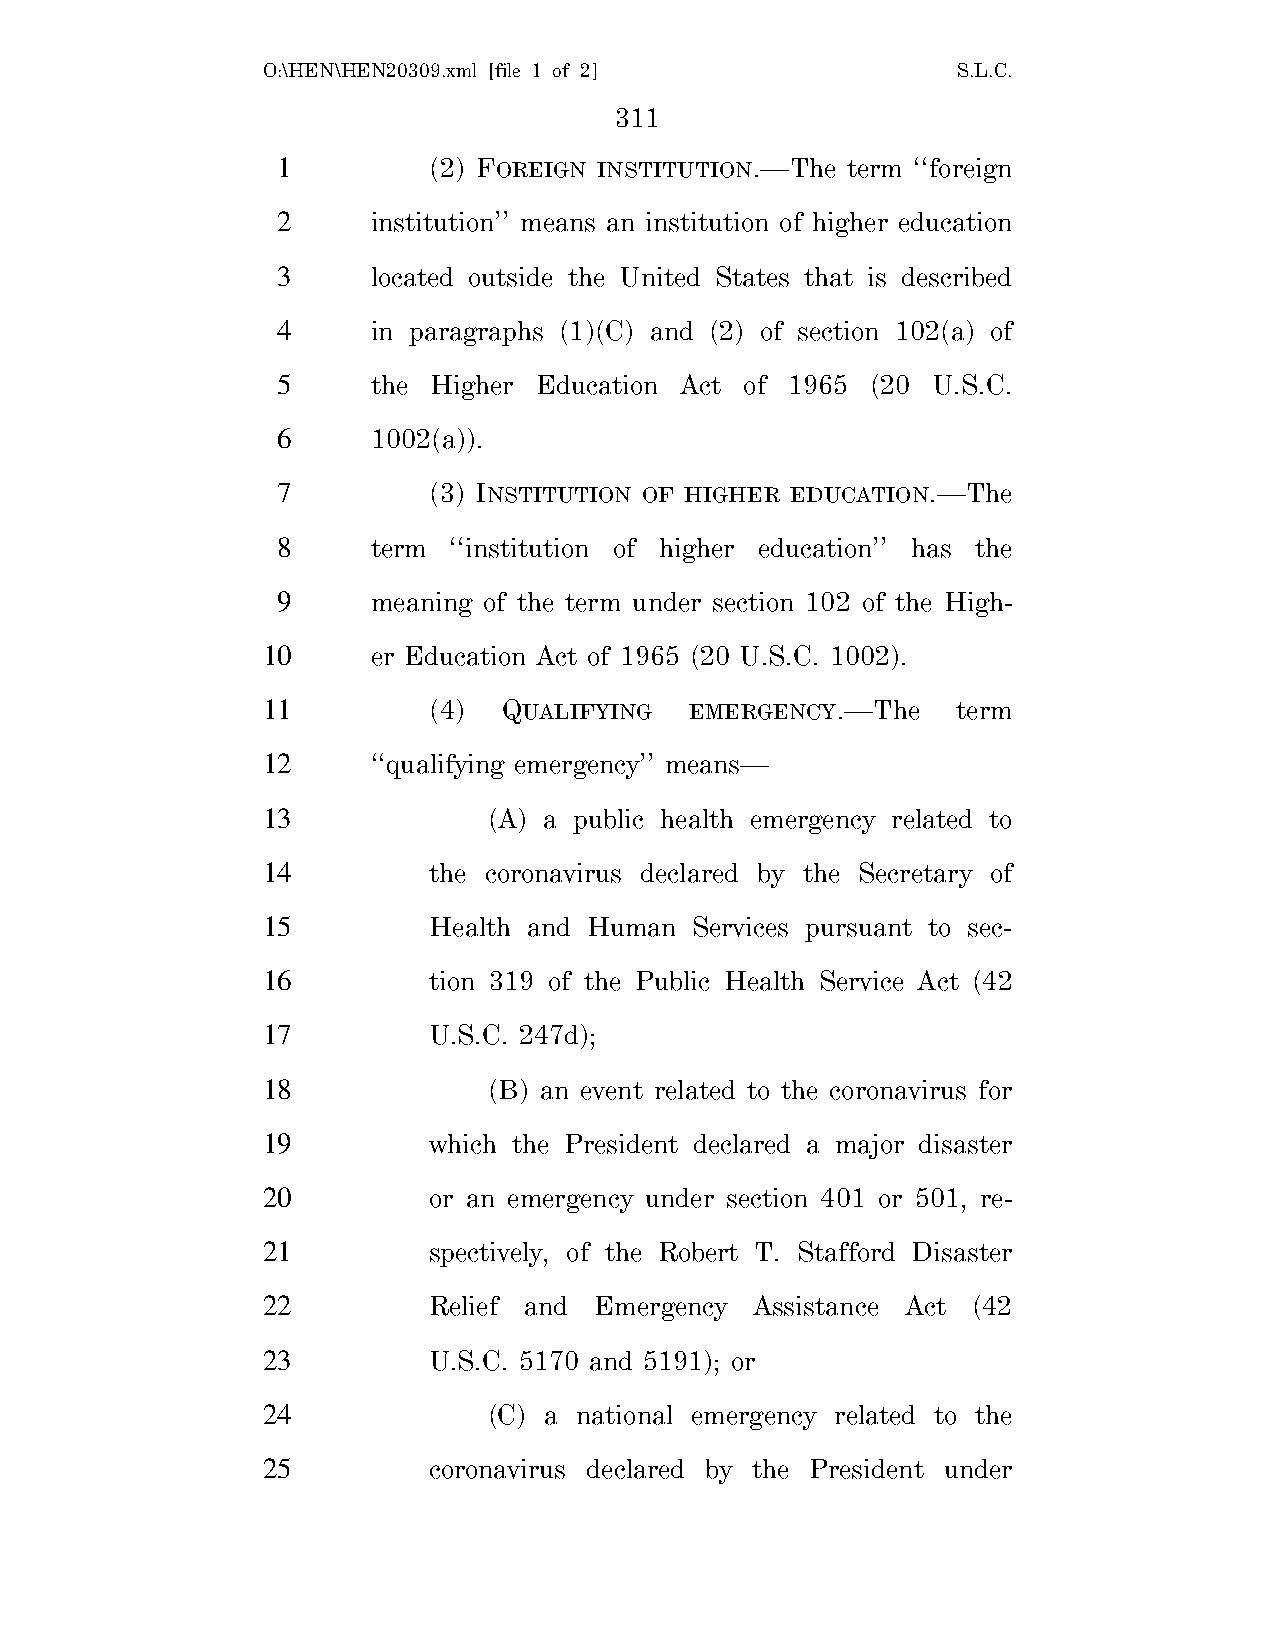
O:\HEN\HEN20309.xml [file 1 of 2]             S.L.C.
 311
 1         (2) FOREIGN INSTITUTION.—The term ‘‘foreign
 2      institution’’ means an institution of higher education
 3      located outside the United States that is described
 4      in paragraphs (1)(C) and (2) of section 102(a) of
 5      the Higher Education Act of 1965 (20 U.S.C.
 6      1002(a)).
 7         (3) INSTITUTION OF HIGHER EDUCATION.—The
 8      term ‘‘institution of higher education’’ has the
 9      meaning of the term under section 102 of the High-
 10      er Education Act of 1965 (20 U.S.C. 1002).
 11         (4)  QUALIFYING   EMERGENCY.—The   term
 12      ‘‘qualifying emergency’’ means—
 13             (A) a public health emergency related to
 14         the coronavirus declared by the Secretary of
 15         Health and Human  Services pursuant to sec-
 16         tion 319 of the Public Health Service Act (42
 17         U.S.C. 247d);
 18             (B) an event related to the coronavirus for
 19         which the President declared a major disaster
 20         or an emergency under section 401 or 501, re-
 21         spectively, of the Robert T. Stafford Disaster
 22         Relief and Emergency  Assistance Act (42
 23         U.S.C. 5170 and 5191); or
 24             (C) a national emergency related to the
 25         coronavirus declared by the President under